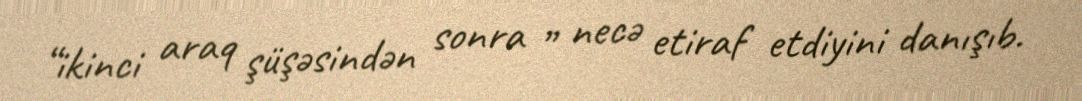
“ikinci araq şüşəsindən sonra ” necə etiraf etdiyini danışıb.